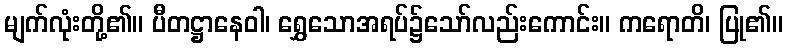
မျက်လုံးတို့၏။ ပီတဋ္ဌာနေဝါ၊ ရွှေသောအရပ်၌သော်လည်းကောင်း။ ကရောတိ၊ ပြု၏။